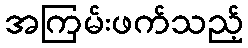
အကြမ်းဖက်သည့်